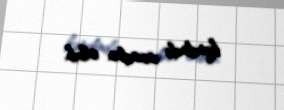
kəndində anadan olub.